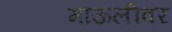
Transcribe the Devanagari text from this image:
माऊलीवर